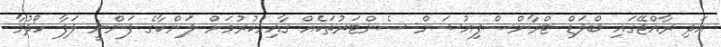
އަދި ރާއްޖޭގައި ބްލަޑް ޓްރާންސްފިއުޝަން ސެންޓަރުތަކެއް ގާއިމުކުރުމަށް ލަންކާގެ ފަންނީ ލަފާ ހޯދުމާ